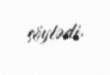
söylədi.